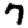
Digit: 7